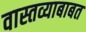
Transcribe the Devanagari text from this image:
वास्तव्याबाबत